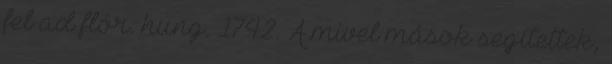
fel ad flór. hung. 1742. A mivel mások segítettek,